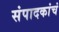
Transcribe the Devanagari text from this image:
संपादकांचं